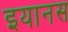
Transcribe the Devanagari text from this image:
इयानस